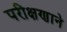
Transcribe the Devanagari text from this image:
परीक्षणाने